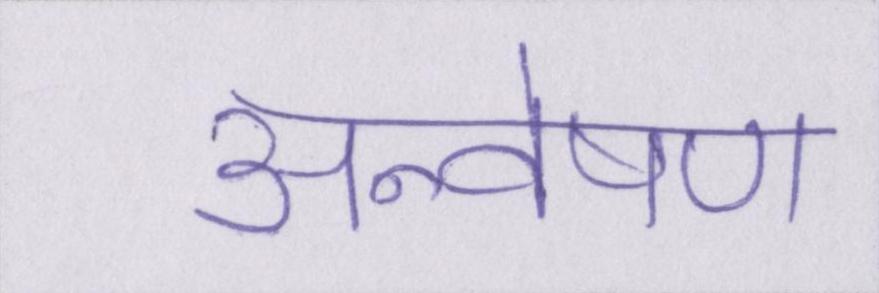
अन्वेषण